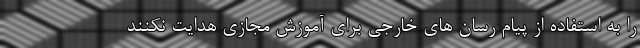
را به استفاده از پیام رسان های خارجی برای آموزش مجازی هدایت نکنند